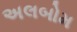
અલબોમ